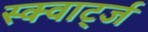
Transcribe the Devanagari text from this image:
स्क्वार्ट्ज